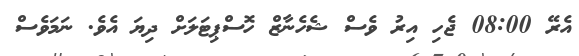
އެރޭ 08:00 ޖެހި އިރު ވެސް ޝެހެނާޒް ހޮސްޕިޓަލަށް ދިޔަ އެވެ. ނަމަވެސް